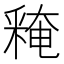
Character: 𨤕